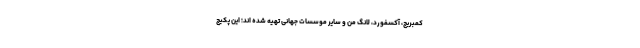
کمبریج، آکسفورد، لانگ من و سایر موسسات جهانی تهیه شده اند؛ این پکیج